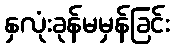
နှလုံးခုန်မမှန်ခြင်း